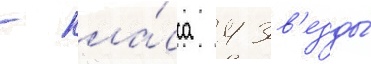
- кла́сса 4 зв'езды́